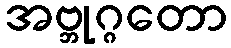
အဗ္ဘုဂ္ဂတော